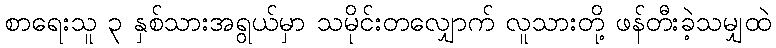
စာရေးသူ ၃ နှစ်သားအရွယ်မှာ သမိုင်းတလျှောက် လူသားတို့ ဖန်တီးခဲ့သမျှထဲ